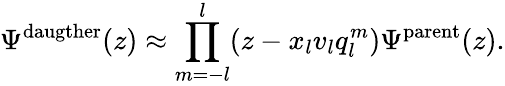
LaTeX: \Psi^{\mathrm{daugther}}(z)\approx\prod_{m=-l}^{l}(z-x_{l}v_{l}q_{l}^{m})\Psi^{\mathrm{parent}}(z).